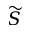
\widetilde { S }